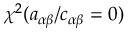
\chi ^ { 2 } ( a _ { \alpha \beta } / c _ { \alpha \beta } = 0 )